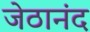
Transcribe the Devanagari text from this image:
जेठानंद